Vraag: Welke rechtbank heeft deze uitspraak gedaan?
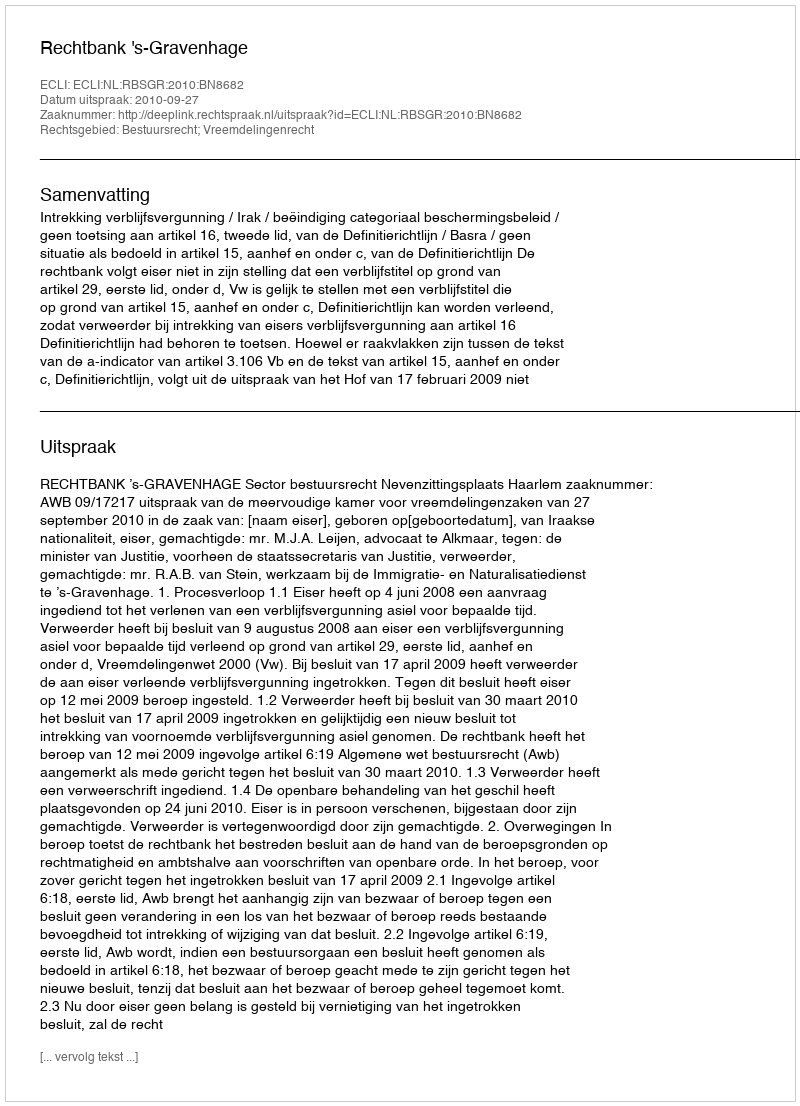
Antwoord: Rechtbank 's-Gravenhage